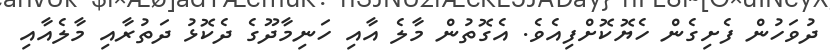
ދުވަހުން ފެށިގެން ހެޔޮކޮށްފިއެވެ. އެގޮތުން މާލެ އާއި ހަނިމާދޫގެ ދެކޮޅު ދަތުރާއި މާލެއާއި